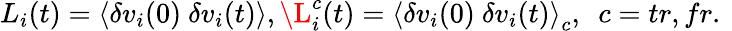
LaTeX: L_{i}(t)=\left\langle\delta v_{i}(0)\ \delta v_{i}(t)\right\rangle,\L_{i}^{c}(t)=\left\langle\delta v_{i}(0)\ \delta v_{i}(t)\right\rangle_{c},\ \ c=tr,fr.\